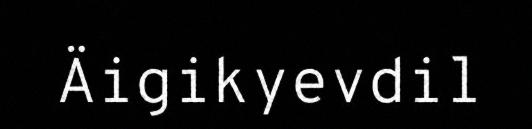
Äigikyevdil